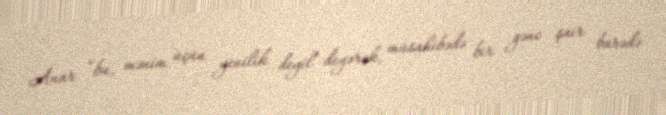
Anar “bu, mənim üçün yenilik deyil” deyərək, müsahibədə bir gənc şair barədə